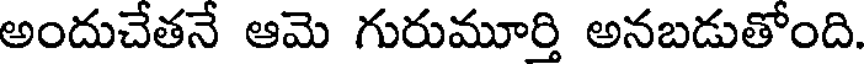
అందుచేతనే ఆమె గురుమూర్తి అనబడుతోంది.